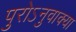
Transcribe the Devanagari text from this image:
पुरोऽनुवाक्या